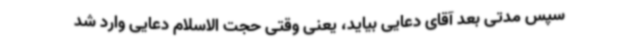
سپس مدتی بعد آقای دعایی بیاید، یعنی وقتی حجت الاسلام دعایی وارد شد